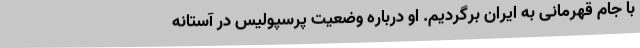
با جام قهرمانی به ایران برگردیم. او درباره وضعیت پرسپولیس در آستانه